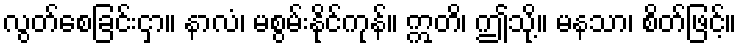
လွတ်စေခြင်းငှာ။ နာလံ၊ မစွမ်းနိုင်ကုန်။ ဣတိ၊ ဤသို့။ မနသာ၊ စိတ်ဖြင့်။